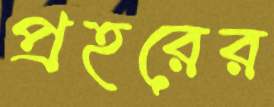
প্রহরের